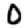
Digit: 0